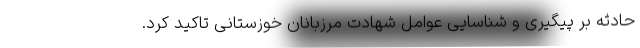
حادثه بر پیگیری و شناسایی عوامل شهادت مرزبانان خوزستانی تاکید کرد.